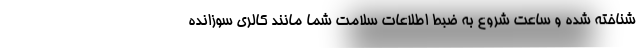
شناخته شده و ساعت شروع به ضبط اطلاعات سلامت شما مانند کالری سوزانده